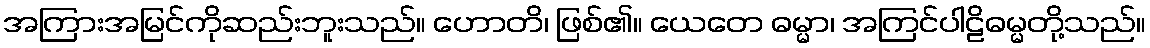
အကြားအမြင်ကိုဆည်းဘူးသည်။ ဟောတိ၊ ဖြစ်၏။ ယေတေ ဓမ္မာ၊ အကြင်ပါဠိဓမ္မတို့သည်။